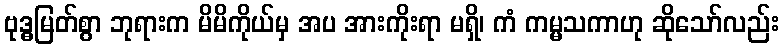
ဗုဒ္ဓမြတ်စွာ ဘုရားက မိမိကိုယ်မှ အပ အားကိုးရာ မရှိ၊ ကံ ကမ္မသကာဟု ဆိုသော်လည်း